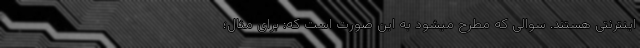
اینترنتی هستند. سوالی که مطرح میشود به این صورت است که: برای مثال؛